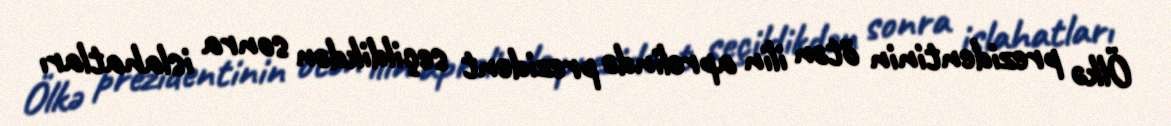
Ölkə prezidentinin ötən ilin aprelində prezident seçildikdən sonra islahatları